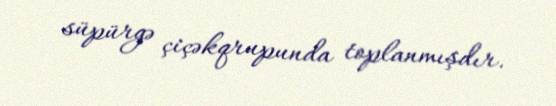
süpürgə çiçəkqrupunda toplanmışdır.